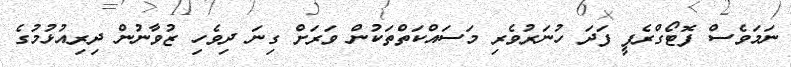
ނަމަވެސް ފޮޓޯގްރެފީ ފަދަ ހުނަރުވެރި މަސައްކަތްތަކުން ވަރަށް ގިނަ ދިވެހި ޒުވާނުން ދިރިއުޅުމުގެ